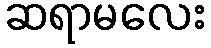
ဆရာမလေး